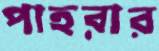
পাহরার